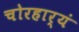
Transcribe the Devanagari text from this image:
चोरहार्यं